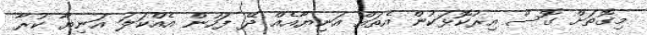
މިގޮތަށް ގޮސް އިރުކޮޅަކުން އެތައް އަނިޔާއެއް ދޭ ފަހުން އެއްކަލަ އަނިޔާ ކުރާ